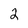
Character: 2